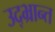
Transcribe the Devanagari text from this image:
उद्‌भ्रान्त